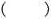
()